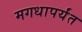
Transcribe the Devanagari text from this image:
मगधापर्यंत